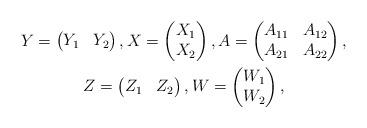
LaTeX: \begin{gather*}Y = \begin{pmatrix}Y_1 & Y_2\end{pmatrix}, X = \begin{pmatrix}X_1 \\ X_2\end{pmatrix}, A = \begin{pmatrix}A_{11} & A_{12} \\ A_{21} & A_{22}\end{pmatrix}, \\Z = \begin{pmatrix}Z_1 & Z_2\end{pmatrix}, W = \begin{pmatrix}W_1 \\ W_2\end{pmatrix},\end{gather*}